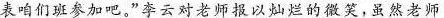
表咱们班参加吧。”李云对老师提以灿烂的微笑，虽然老师